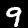
Label: 9